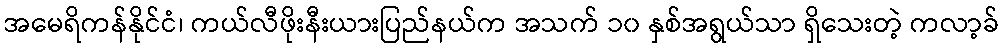
အမေရိကန်နိုင်ငံ၊ ကယ်လီဖိုးနီးယားပြည်နယ်က အသက် ၁၀ နှစ်အရွယ်သာ ရှိသေးတဲ့ ကလာ့ခ်